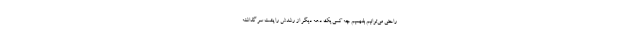
راحتی می‌توانیم بفهمیم چه کسی یک دهه دیگر از رشدش را پشت سر گذاشته